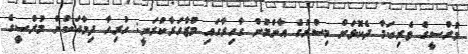
މުރްސީގެ ވެރިކަމާ ދެކޮޅަށް މިސްރުގެ އާންމުން ގާހިރާގައި މުޒާހަރާކުރަނީ: ހުރިހާ ދިމާއަކުން މުރްސީގެ